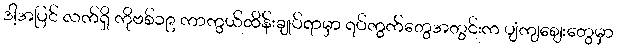
ဒါ့အပြင် လက်ရှိ ကိုဗစ်၁၉ ကာကွယ်ထိန်းချုပ်ရာမှာ ရပ်ကွက်တွေအတွင်းက ပျံကျဈေးတွေမှာ